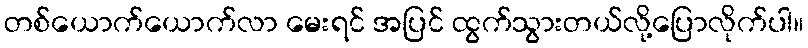
တစ်ယောက်ယောက်လာ မေးရင် အပြင် ထွက်သွားတယ်လို့ပြောလိုက်ပါ။